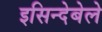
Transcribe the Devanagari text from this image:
इसिन्देबेले